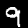
Digit: 9